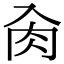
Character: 肏